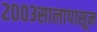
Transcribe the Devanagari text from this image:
२००३सालापासून